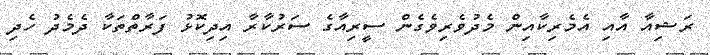
ރަޝިއާ އާއި އެމެރިކާއިން މެދުވެރިވެގެން ސީރިއާގެ ސަރުކާރާ އިދިކޮޅު ފަރާތްތަކާ ދެމެދު ހެދި